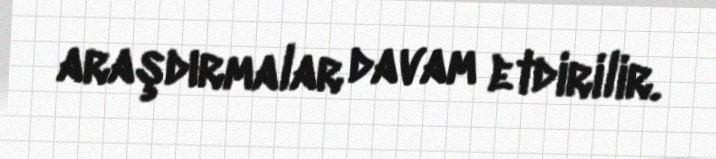
araşdırmalar davam etdirilir.